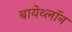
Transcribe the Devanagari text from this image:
बायेथ्लॉन